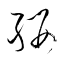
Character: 纓